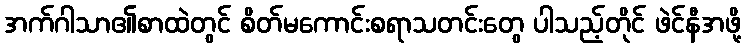
အက်ဂါသာ၏စာထဲတွင် စိတ်မကောင်းစရာသတင်းတွေ ပါသည့်တိုင် ဖဲင်နီအဖို့